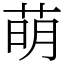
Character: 萌